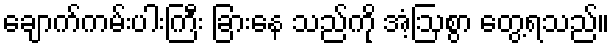
ချောက်ကမ်းပါးကြီး ခြားနေ သည်ကို အံ့ဩစွာ တွေ့ရသည်။